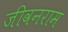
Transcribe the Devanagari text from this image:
जीवनराम